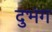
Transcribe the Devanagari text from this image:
दुभंग